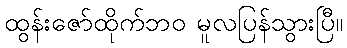
ထွန်းဇော်ထိုက်ဘဝ မူလပြန်သွားပြီ။